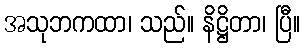
အသုဘကထာ၊ သည်။ နိဋ္ဌိတာ၊ ပြီ။